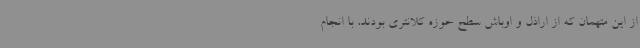
از این متهمان که از اراذل و اوباش سطح حوزه کلانتری بودند، با انجام